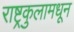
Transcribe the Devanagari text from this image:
राष्ट्रकुलामधून